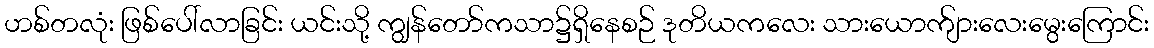
ဟစ်တလုံး ဖြစ်ပေါ်လာခြင်း ယင်းသို့ ကျွန်တော်ကသာ၌ရှိနေစဉ် ဒုတိယကလေး သားယောက်ျားလေးမွေးကြောင်း